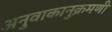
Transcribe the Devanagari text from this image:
अनुवाकानुक्रमणी